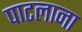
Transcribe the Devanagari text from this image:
पाटलाना